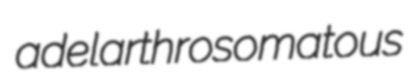
adelarthrosomatous